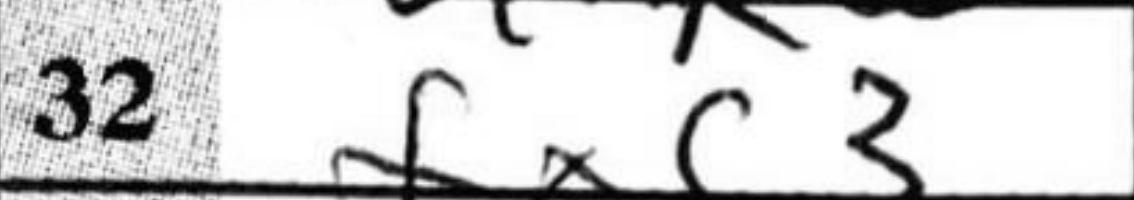
Transcription: fxc3